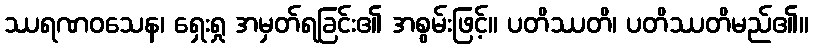
ဿရဏဝသေန၊ ရှေးရှု အမှတ်ရခြင်း၏ အစွမ်းဖြင့်။ ပတိဿတိ၊ ပတိဿတိမည်၏။